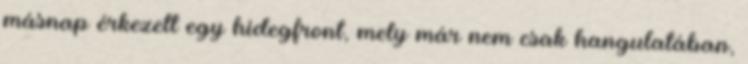
másnap érkezett egy hidegfront, mely már nem csak hangulatában,